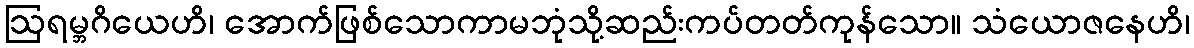
ဩရမ္ဘဂိယေဟိ၊ အောက်ဖြစ်သောကာမဘုံသို့ဆည်းကပ်တတ်ကုန်သော။ သံယောဇနေဟိ၊